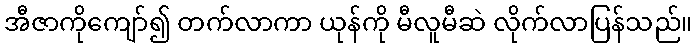
အီဇာကိုကျော်၍ တက်လာကာ ယုန်ကို မီလူမီဆဲ လိုက်လာပြန်သည်။